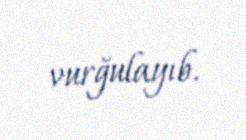
vurğulayıb.